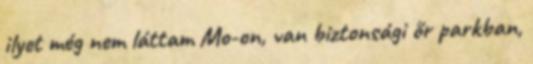
ilyet még nem láttam Mo-on, van biztonsági őr parkban,